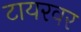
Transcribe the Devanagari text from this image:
टायरवर